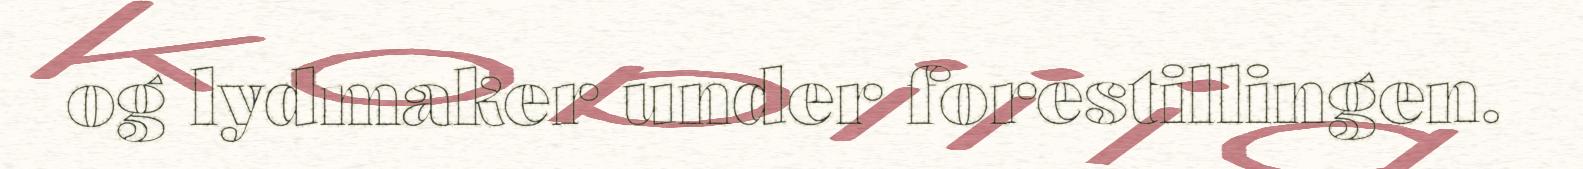
og lydmaker under forestillingen.